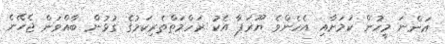
އަންނަ މީހުން ކަމަށާއި އެހެންވެ ޔޫރަޕާ އެކު ރަހްމަތްތެރިކަމުގެ ގުޅުން ބާއްވަން ޖެހޭނެ